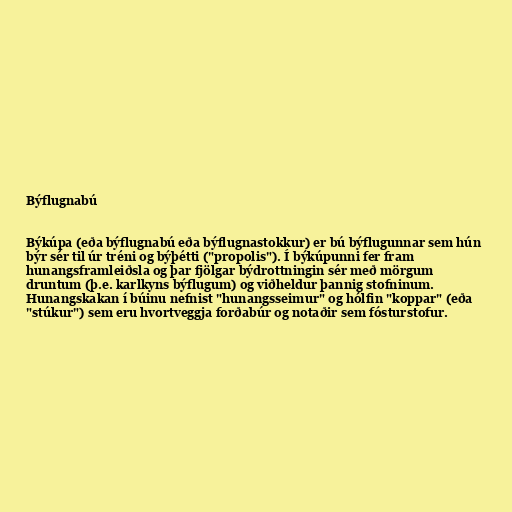
Býflugnabú

Býkúpa (eða býflugnabú eða býflugnastokkur) er bú býflugunnar sem hún
býr sér til úr tréni og býþétti ("propolis"). Í býkúpunni fer fram
hunangsframleiðsla og þar fjölgar býdrottningin sér með mörgum
druntum (þ.e. karlkyns býflugum) og viðheldur þannig stofninum.
Hunangskakan í búinu nefnist "hunangsseimur" og hólfin "koppar" (eða
"stúkur") sem eru hvortveggja forðabúr og notaðir sem fósturstofur.